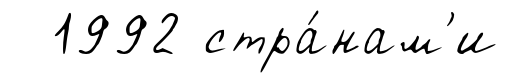
1992 стра́нам'и